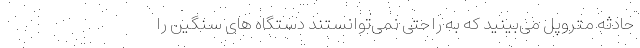
حادثه متروپل می‌بینید که به راحتی نمی‌توانستند دستگاه های سنگین را